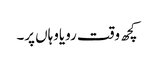
کچھ وقت رویاوہاں پر۔